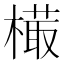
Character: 𣙻